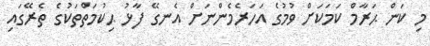
މި ކަން ޙަރާމް ކަމަކަށް ވުމުގެ އަހަރެމެންނަށް އެނގޭ ފާޅު ޙިކުމަތްތަކުގެ ތެރޭގައި